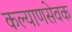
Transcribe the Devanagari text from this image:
कल्याणसेवक